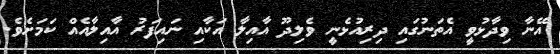
އޭނާ ވިދާޅުވީ އެތަނުގައި ދިރިއުޅެނީ ވެލިދޫ އާއިލާ އަކާއި ނައިފަރު އާއިލާއެއް ކަމަށެވެ.